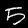
Label: 5